Lunatic asylums Central Provinces reports 1886-1894 - 1886-1894
Year: 1886
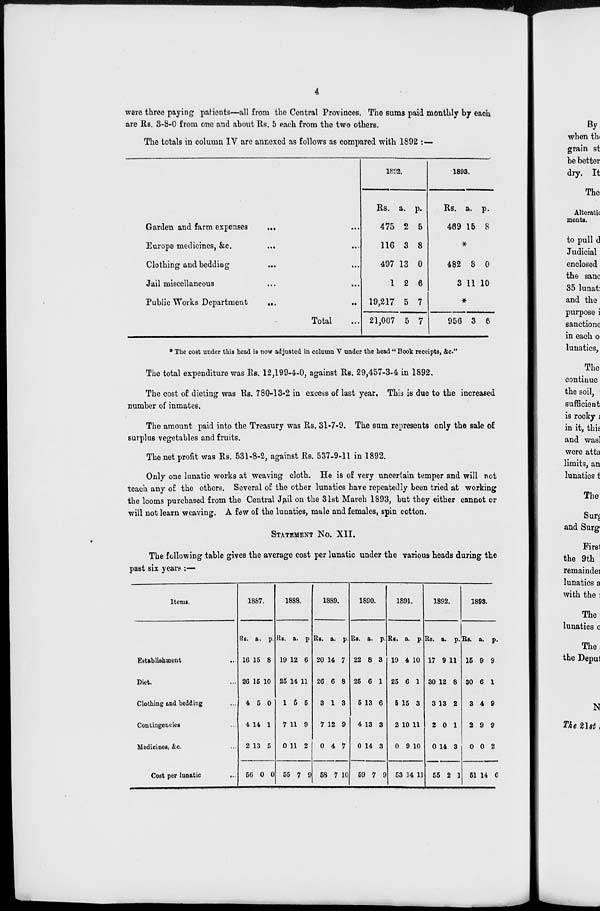
4
were three paying patients—all from the Central Provinces. The sums paid monthly by each
are Rs. 3-8-0 from one and about Rs. 5 each from the two others.
The totals in column IV are annexed as follows as compared with 1892 :—
Garden and farm expenses ... ...
Europe medicines, &c.
...
...
Clothing and bedding
... ...
Jail miscellaneous ... ...
Public Works Department
... ...
Total...
1892.
Rs.
475
116
497
1
19,217
21,007
a.
2
3
13
2
5
5
p.
5
8
0
6
7
7
1893.
Rs.
469
a.
15
p.
8
*
482
3
8
11
0
10
*
956 3 6
* The cost under this head is now adjusted in column V under the head " Book receipts, &c."
The total expenditure was Rs. 12,199-4-0, against Rs. 29,457-3-4 in 1892.
The cost of dieting was Rs. 780-13-2 in excess of last year. This is due to the increased
number of inmates.
The amount paid into the Treasury was Rs. 31-7-9. The sum represents only the sale of
surplus vegetables and fruits.
The net profit was Rs. 531-8-2, against Rs. 537-9-11 in 1892.
Only one lunatic works at weaving cloth. He is of very uncertain temper and will not
teach any of the others. Several of the other lunatics have repeatedly been tried at working
the looms purchased from the Central Jail on the 31st March 1893, but they either cannot or
will not learn weaving. A few of the lunatics, male and females, spin cotton.
STATEMENT No. XII.
The following table gives the average cost per lunatic under the various heads during the
past six years :—
Items.
Establishment...
Diet. ...
Clothing and bedding...
Contingencies...
Medicines, &c. ...
Cost per lunatic
...
1887.
Rs.
16
26
4
4
2
56
a.
15
15
5
14
13
0
p.
8
10
0
1
5
0
1888.
Rs.
19
25
1
7
0
55
a.
12
14
5
11
11
7
p.
6
11
5
9
2
9
1889.
Rs.
20
26
3
7
0
58
a.
14
6
1
12
4
7
p.
7
8
3
9
7
10
1890.
Rs.
22
25
5
4
0
59
a.
8
6
13
13
14
7
p.
3
1
6
3
3
9
1891.
Rs.
19
25
5
2
0
53
a.
4
6
15
10
9
14
p.
10
1
3
11
10
11
1892.
Rs.
17
30
3
2
0
55
a.
9
12
13
0
14
2
p.
11
8
2
1
3
1
1893.
Rs.
15
30
3
2
0
51
a.
9
6
4
9
0
14
p.
9
1
9
9
2
6